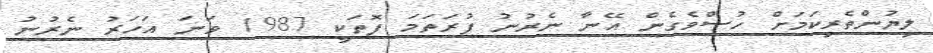
ލިޔުންތެރިކަމަށް ހުސްވެގެން އޭނާ ނެރުނު ފުރަތަމަ ފޮތަކީ 1987 ވަނަ އަހަރު ނެރުނު